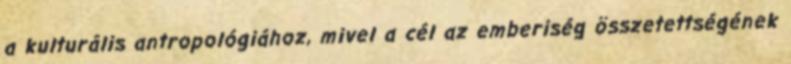
a kulturális antropológiához, mivel a cél az emberiség összetettségének